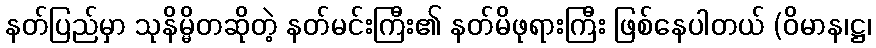
နတ်ပြည်မှာ သုနိမ္မိတဆိုတဲ့ နတ်မင်းကြီး၏ နတ်မိဖုရားကြီး ဖြစ်နေပါတယ် (ဝိမာန၊ဋ္ဌ၊